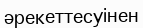
әрекеттесуінен